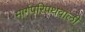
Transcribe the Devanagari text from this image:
मार्गपरिपथवाली